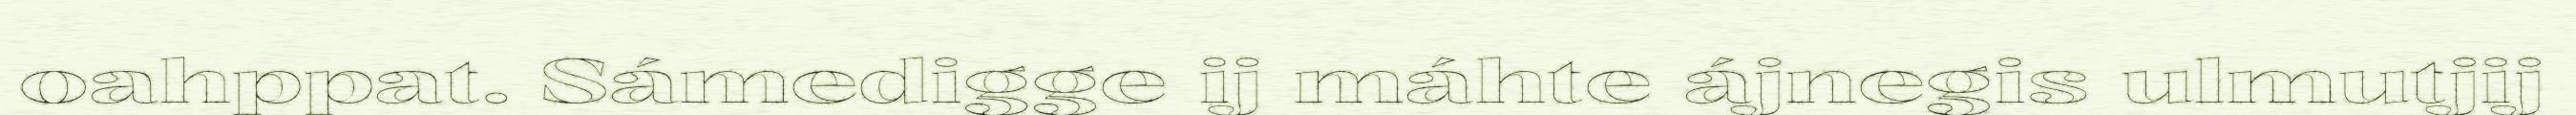
oahppat. Sámedigge ij máhte ájnegis ulmutjij